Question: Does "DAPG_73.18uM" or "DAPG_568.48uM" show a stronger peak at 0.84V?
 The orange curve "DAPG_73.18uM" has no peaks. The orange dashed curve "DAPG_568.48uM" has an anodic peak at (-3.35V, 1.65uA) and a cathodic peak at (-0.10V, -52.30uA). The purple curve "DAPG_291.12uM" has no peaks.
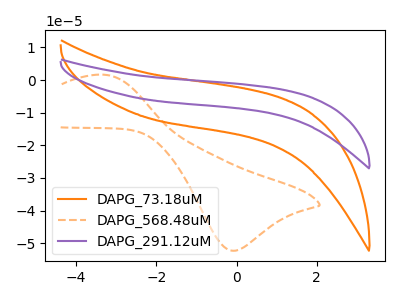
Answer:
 <answer>"DAPG_73.18uM" and "DAPG_568.48uM" dont share a peak at 0.84V.</answer>
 <eval>mismatch</eval>